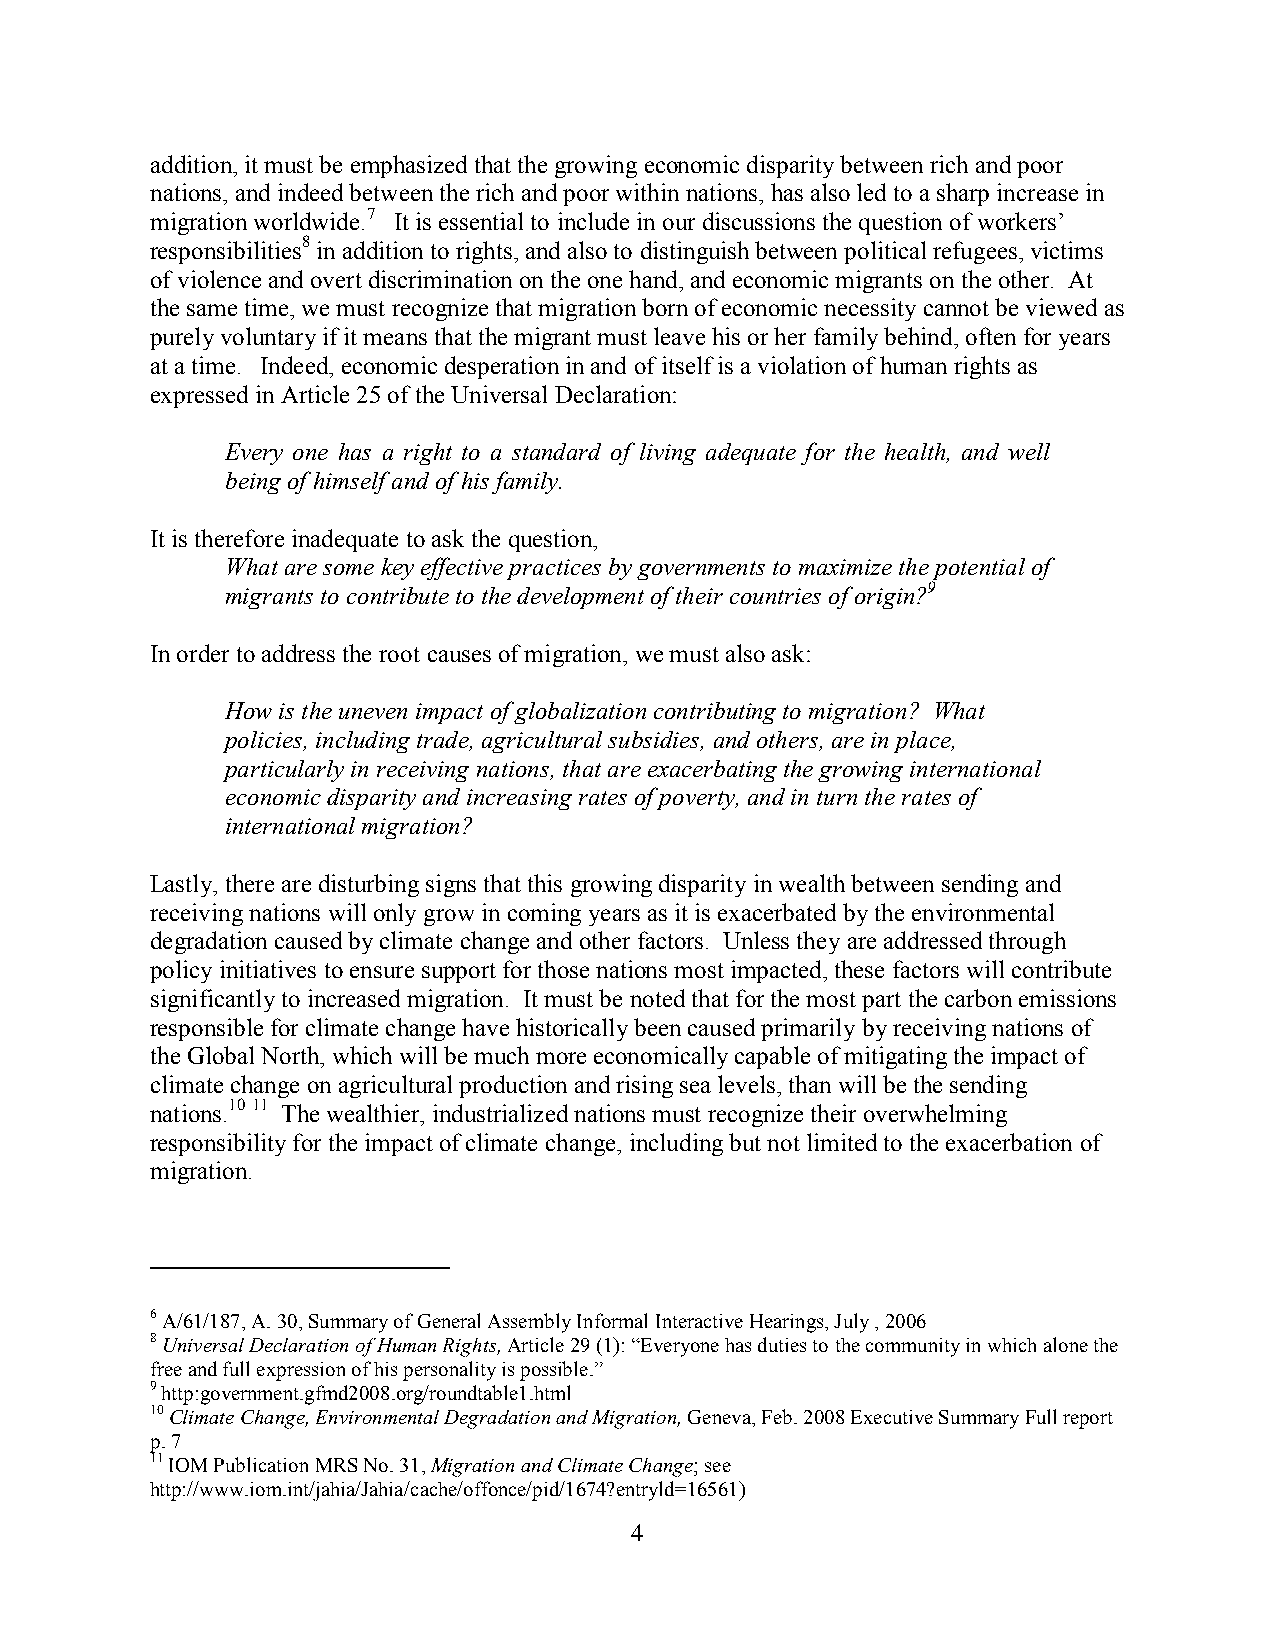
addition, it must be emphasized that the growing economic disparity between rich and poor
 nations, and indeed between the rich and poor within nations, has also led to a sharp increase in
 migration worldwide.7 It is essential to include in our discussions the question of workers’
 responsibilities8 in addition to rights, and also to distinguish between political refugees, victims
 of violence and overt discrimination on the one hand, and economic migrants on the other. At
 the same time, we must recognize that migration born of economic necessity cannot be viewed as
 purely voluntary if it means that the migrant must leave his or her family behind, often for years
 at a time. Indeed, economic desperation in and of itself is a violation of human rights as
 expressed in Article 25 of the Universal Declaration:
 Every one has a right to a standard of living adequate for the health, and well
 being of himself and of his family.
 It is therefore inadequate to ask the question,
 What are some key effective practices by governments to maximize the potential of
 migrants to contribute to the development of their countries of origin?9
 In order to address the root causes of migration, we must also ask:
 How is the uneven impact of globalization contributing to migration? What
 policies, including trade, agricultural subsidies, and others, are in place,
 particularly in receiving nations, that are exacerbating the growing international
 economic disparity and increasing rates of poverty, and in turn the rates of
 international migration?
 Lastly, there are disturbing signs that this growing disparity in wealth between sending and
 receiving nations will only grow in coming years as it is exacerbated by the environmental
 degradation caused by climate change and other factors. Unless they are addressed through
 policy initiatives to ensure support for those nations most impacted, these factors will contribute
 significantly to increased migration. It must be noted that for the most part the carbon emissions
 responsible for climate change have historically been caused primarily by receiving nations of
 the Global North, which will be much more economically capable of mitigating the impact of
 climate change on agricultural production and rising sea levels, than will be the sending
 nations.10 11 The wealthier, industrialized nations must recognize their overwhelming
 responsibility for the impact of climate change, including but not limited to the exacerbation of
 migration.
 6 A/61/187, A. 30, Summary of General Assembly Informal Interactive Hearings, July , 2006
 8 Universal Declaration of Human Rights, Article 29 (1): “Everyone has duties to the community in which alone the
 free and full expression of his personality is possible.”
 9 http:government.gfmd2008.org/roundtable1.html
 10 Climate Change, Environmental Degradation and Migration, Geneva, Feb. 2008 Executive Summary Full report
 p. 7
 11 IOM Publication MRS No. 31, Migration and Climate Change; see
 http://www.iom.int/jahia/Jahia/cache/offonce/pid/1674?entryld=16561)
 4